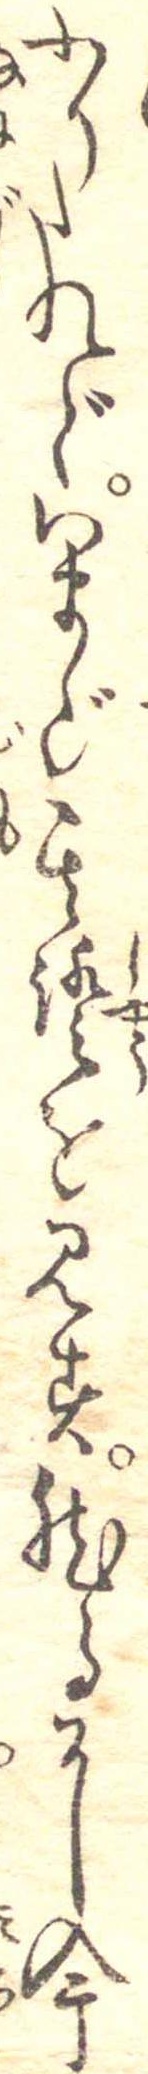
にしたれどいまだ其証を見す然るに今